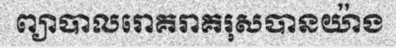
ព្យាបាលរោគរាគរុសបានយ៉ាង